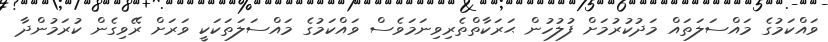
ވައްކަމުގެ މައްސަލަތައް މަދުކުރުމަށް ފުލުހުން ޙަރަކާތްތެރިވިނަމަވެސް ވައްކަމުގެ މައްސަލަތަކަކީ ވަރަށް ރޭވިގެން ކުރަމުންދާ